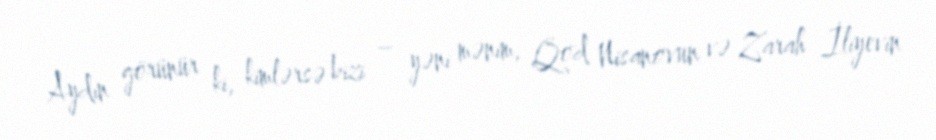
Aydın görünür ki, kimlərsə bizi – yəni mənim, Qod Nisanovun və Zarah İliyevin